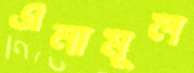
এনামূল